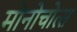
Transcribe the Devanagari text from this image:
मोनोचोत्स